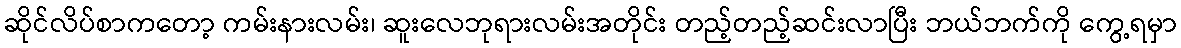
ဆိုင်လိပ်စာကတော့ ကမ်းနားလမ်း၊ ဆူးလေဘုရားလမ်းအတိုင်း တည့်တည့်ဆင်းလာပြီး ဘယ်ဘက်ကို ကွေ့ရမှာ